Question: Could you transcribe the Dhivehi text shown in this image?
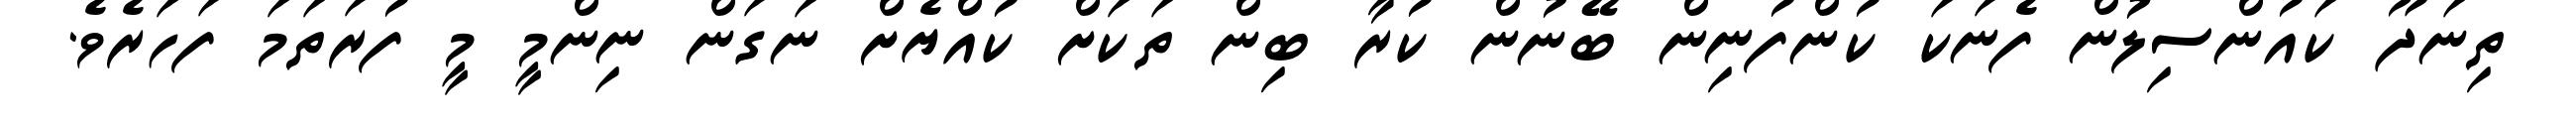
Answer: ތިނަދޫ ކައުންސިލުން ފެނަކަ ކުންފުނިން ބޭނުން ކުރާ ބިން ތަކަށް ކުއްޔެށް ނަގަން ނިންމީ މީ ފުރަތަމަ ފަހަރެވެ.